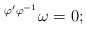
\begin{align*}{}^{\varphi' \varphi^{-1}} \omega = 0; \end{align*}